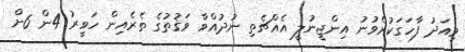
މިއަދު ފާހަގަކުރެވުނު އިންޖީނުލީ އެއްޗެތި ނުދުއްވާ ވަޤުތުގެ ތެރެއިން ހަވީރު 4ން 6ށް